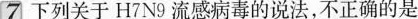
⑦下列关于H7N9流感病毒的说法，不正确的是